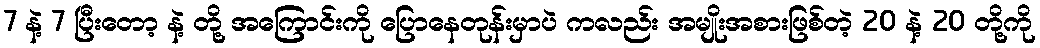
7 နဲ့ 7 ပြီးတော့ နဲ့ တို့ အကြောင်းကို ပြောနေတုန်းမှာပဲ ကလည်း အမျိုးအစားဖြစ်တဲ့ 20 နဲ့ 20 တို့ကို